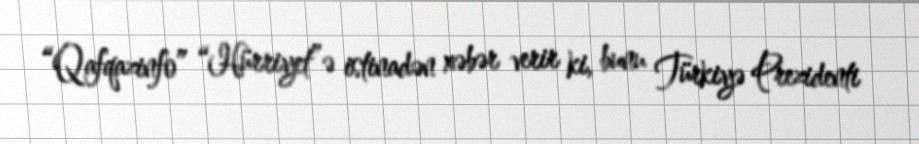
“Qafqazinfo” “Hürriyet”ə istinadən xəbər verir ki, bunu Türkiyə Prezidenti